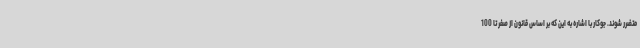
متضرر شوند. جوکار با اشاره به این که بر اساس قانون از صفر تا 100